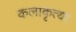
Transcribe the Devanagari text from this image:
कलाकृत्या